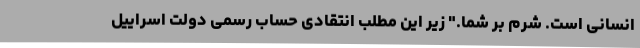
انسانی است. شرم بر شما." زیر این مطلب انتقادی حساب رسمی دولت اسراییل